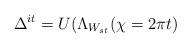
LaTeX: \begin{align*}\Delta ^{it}=U(\Lambda _{W_{st}}(\chi =2\pi t) \end{align*}